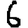
Digit: 6